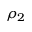
\rho _ { 2 }